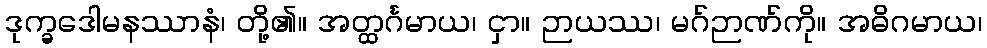
ဒုက္ခဒေါမနဿာနံ၊ တို့၏။ အတ္ထင်္ဂမာယ၊ ငှာ။ ဉာယဿ၊ မဂ်ဉာဏ်ကို။ အဓိဂမာယ၊